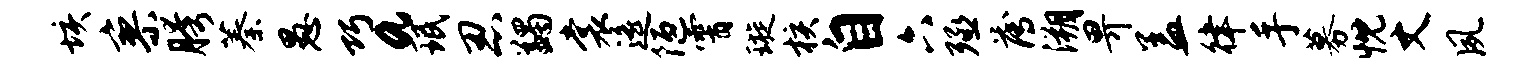
垓寥胯蓁愚巧a珉忍蠲裳遥陋霄璇核自六殛薄溯畀盖律手募忱丈夙